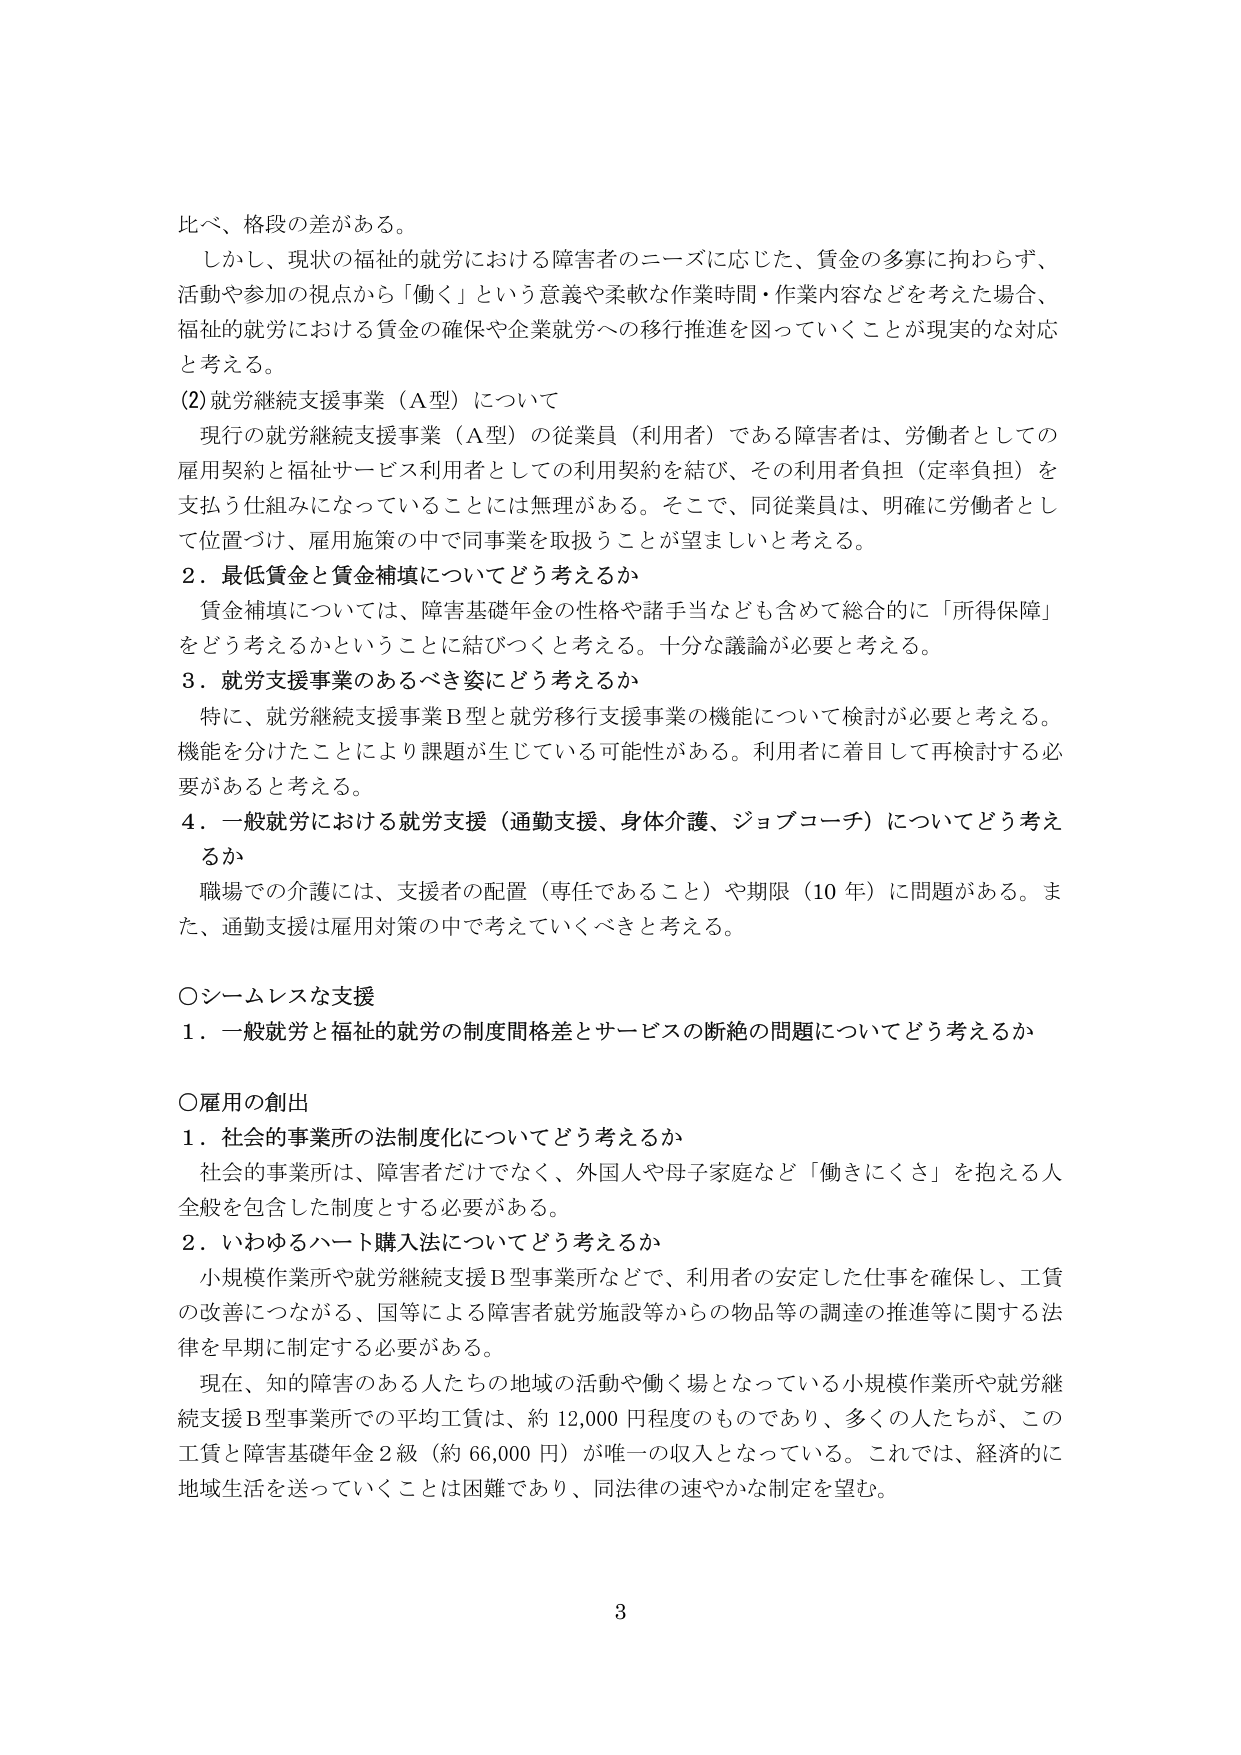
比べ、格段の差がある。

しかし、現状の福祉的就労における障害者のニーズに応じた、賃金の多寡に拘わらず、活動や参加の視点から「働く」という意義や柔軟な作業時間・作業内容などを考えた場合、福祉的就労における賃金の確保や企業就労への移行推進を図っていくことが現実的な対応と考える。

(2) 就労継続支援事業（A型）について

現行の就労継続支援事業（A型）の従業員（利用者）である障害者は、労働者としての雇用契約と福祉サービス利用者としての利用契約を結び、その利用者負担（定率負担）を支払う仕組みになっていることには無理がある。そこで、同従業員は、明確に労働者として位置づけ、雇用施策の中で同事業を取扱うことが望ましいと考える。

2．最低賃金と賃金補填についてどう考えるか

賃金補填については、障害基礎年金の性格や諸手当なども含めて総合的に「所得保障」をどう考えるかということに結びつくと考える。十分な議論が必要と考える。

3．就労支援事業のあるべき姿にどう考えるか

特に、就労継続支援事業B型と就労移行支援事業の機能について検討が必要と考える。機能を分けたことにより課題が生じている可能性がある。利用者に着目して再検討する必要があると考える。

4．一般就労における就労支援（通勤支援、身体介護、ジョブコーチ）についてどう考えるか

職場での介護には、支援者の配置（専任であること）や期限（10年）に問題がある。また、通勤支援は雇用対策の中で考えていくべきと考える。

○シームレスな支援

1．一般就労と福祉的就労の制度間格差とサービスの断絶の問題についてどう考えるか

○雇用の創出

1．社会的事業所の法制度化についてどう考えるか

社会的事業所は、障害者だけでなく、外国人や母子家庭など「働きにくさ」を抱える人全般を包含した制度とする必要がある。

2．いわゆるハート購入法についてどう考えるか

小規模作業所や就労継続支援B型事業所などで、利用者の安定した仕事を確保し、工賃の改善につながる、国等による障害者就労施設等からの物品等の調達の推進等に関する法律を早期に制定する必要がある。

現在、知的障害のある人たちの地域の活動や働く場となっている小規模作業所や就労継続支援B型事業所での平均工賃は、約12,000円程度のものであり、多くの人たちが、この工賃と障害基礎年金2級（約66,000円）が唯一の収入となっている。これでは、経済的に地域生活を送っていくことは困難であり、同法律の速やかな制定を望む。

3